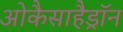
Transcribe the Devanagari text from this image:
ओकैसाहैड्रॉन